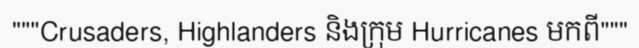
"""Crusaders, Highlanders និងក្រុម Hurricanes មកពី"""